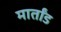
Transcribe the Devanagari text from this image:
मार्तांड